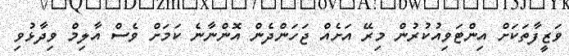
ވަޒީފާތަކަށް އިންޓަވިއުކުރުން މިރޭ އަށެއް ޖަހަންދެން އޮންނާނެ ކަމަށް ވެސް އާލިމް ވިދާޅުވި